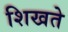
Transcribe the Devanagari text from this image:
शिखते